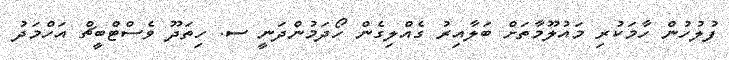
ފުލުހުން ހާމަކުރި މައުލޫމާތަށް ބަލާއިރު ގެއްލިގެން ހޯދަމުންދަނީ ސ. ހިތަދޫ ވެސްޓްބީޗް އަހްމަދު